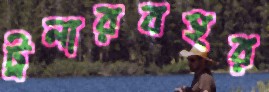
ট্রলারবহর